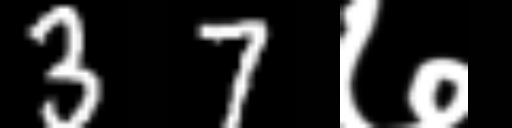
Text: 37७